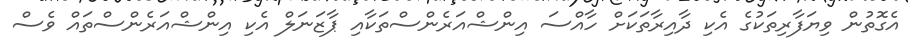
އެގޮތުން ވިޔަފާރިތަކުގެ އެކި ދާއިރާތަކަށް ހާއްސަ އިންޝްއަރެންސްތަކާއި ޕާޒަނަލް އެކި އިންޝްއަރެންސްތައް ވެސް